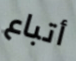
أتباع